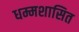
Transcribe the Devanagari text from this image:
धम्मशासित